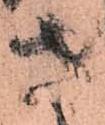
さ